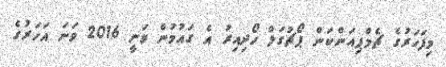
މިފަހަރުގެ ޗެމްޕިއަންކަން ޕޯޗުގަލް ހޯދިއިރު އެ ގައުމުން ވަނީ 2016 ވަނަ އަހަރުގެ